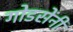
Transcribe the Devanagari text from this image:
गोडसेंनी